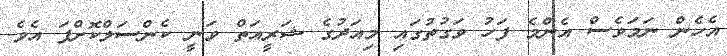
އެހެން ނަމަވެސް އެންމެ ފަހު ވަގުތުގައި މިއަދުގެ ޝަރީއަތް ވަނީ ކެންސަލްކޮށްފަ އެވެ.